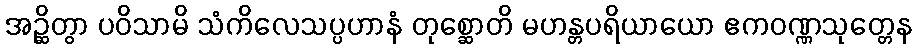
အဉ္ဆိတွာ ပဝိသာမိ သံကိလေသပ္ပဟာနံ တုစ္ဆောတိ မဟန္တပရိယာယော ဧကဝဏ္ဏသုတ္တေန